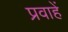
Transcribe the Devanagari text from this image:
प्रवाहें